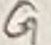
Text: G